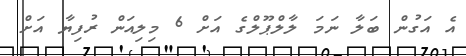
އެ އަގުން ބަލާ ނަމަ ލާލްޕޫލްގެ އަށް 6 މިލިއަން ރުފިޔާ އަށް